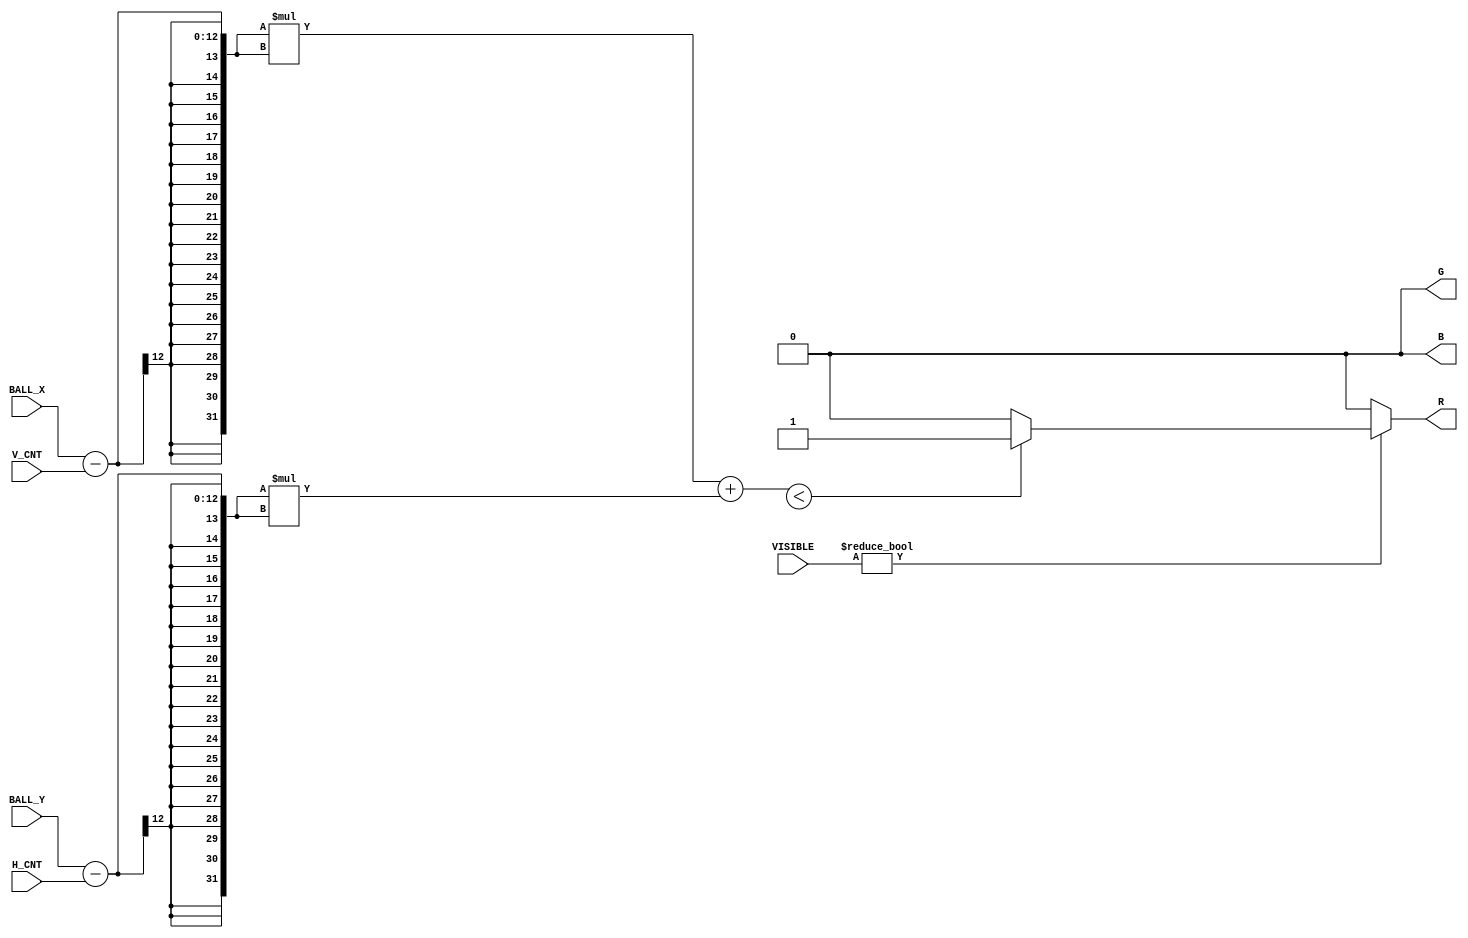
module draw_ball(BALL_X, BALL_Y, V_CNT, H_CNT, VISIBLE, R, G, B);

    input   [11:0]  BALL_X, BALL_Y, V_CNT, H_CNT, VISIBLE;
    output  reg     R, G, B;
    
    wire    [31:0]  DIS;
    assign DIS = (BALL_X - V_CNT) * ( BALL_X - V_CNT) + (BALL_Y - H_CNT) * (BALL_Y - H_CNT);
    
    `define RADIUS = 100 * 100;

    always @(*) begin
        R = ( (VISIBLE)? ((DIS < RADIUS)? 1: 0): 0 );
        G = ( (VISIBLE)? ((DIS < RADIUS)? 0: 0): 0 );
        B = ( (VISIBLE)? ((DIS < RADIUS)? 0: 0): 0 );
    end
    
endmodule